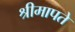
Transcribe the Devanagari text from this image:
श्रीमापते